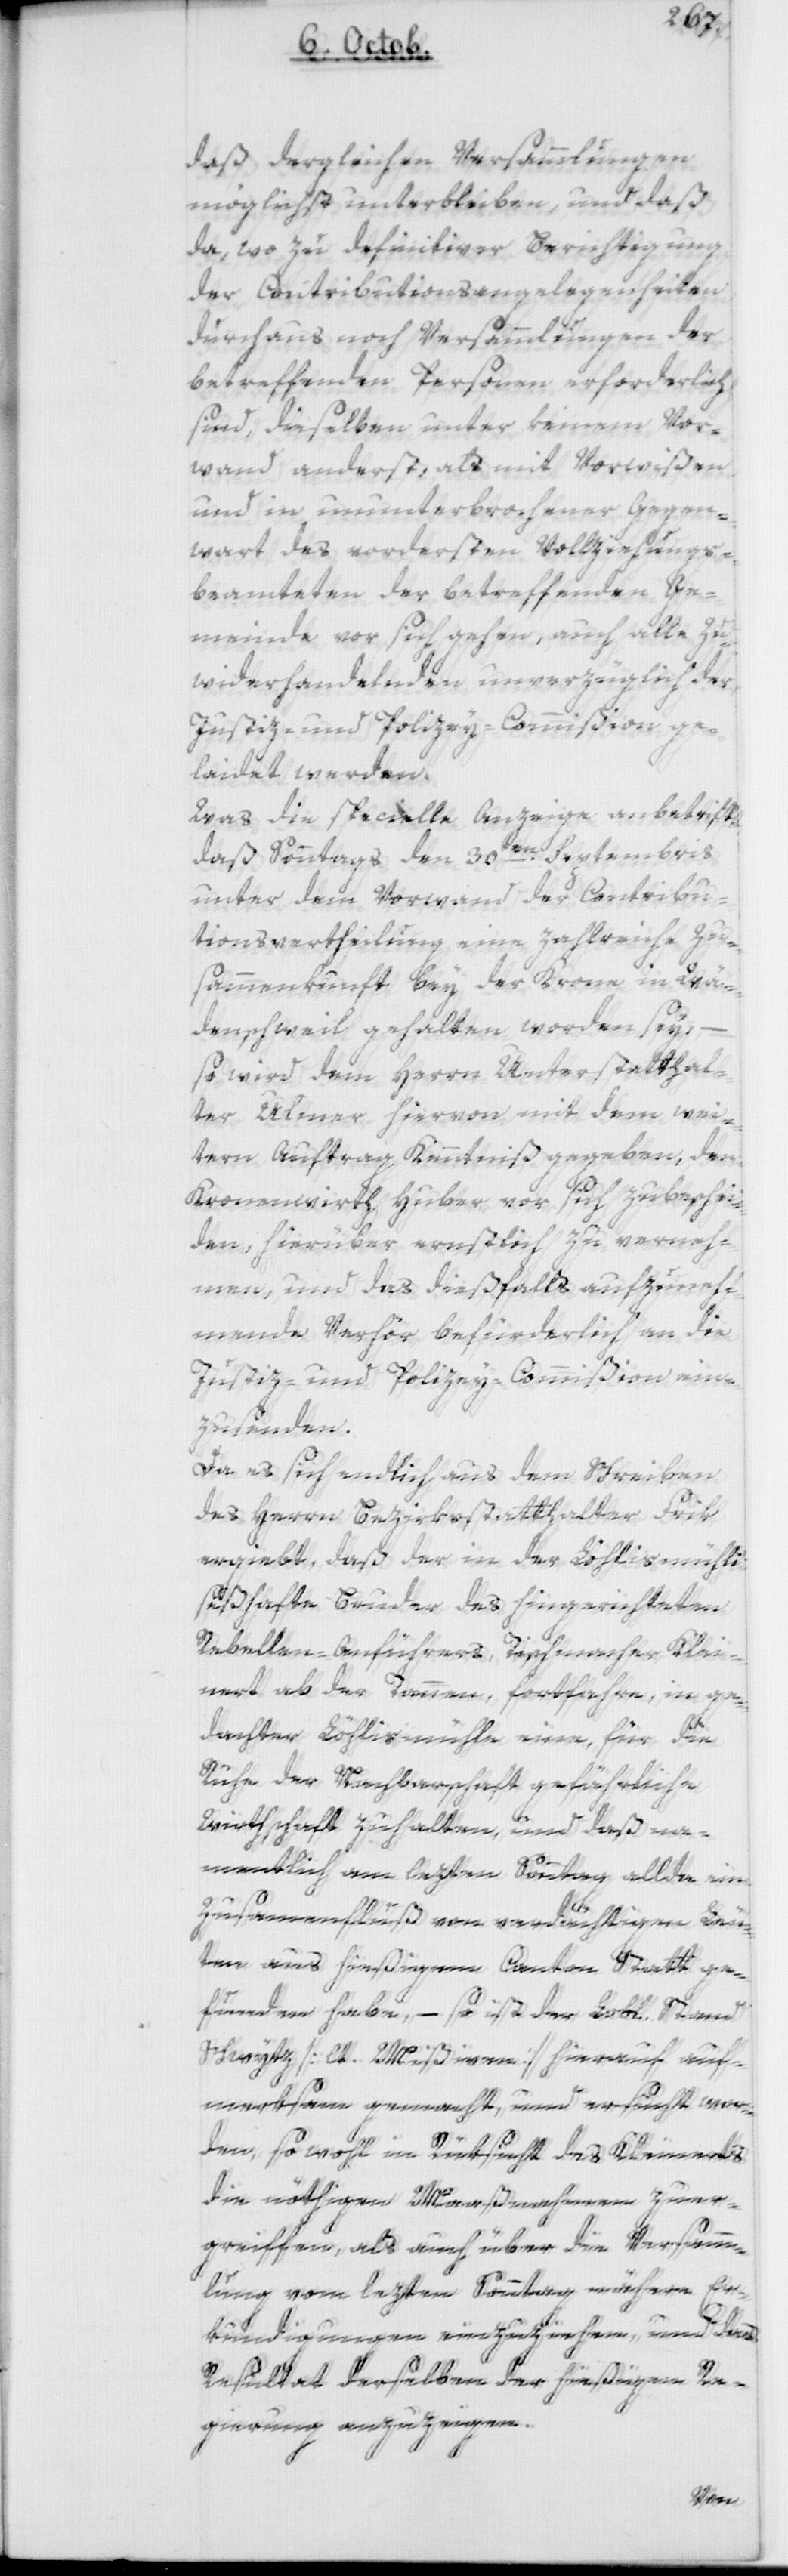
daß dergleichen Versammlungen
möglichst unterbleiben, und daß
da, wo zu definitiver Berichtigung
der Contributions-Angelegenheiten
durchaus noch Versammlungen der
betreffenden Personen erforderlich
sind, dieselben unter keinem Vor¬
wand anderst, als mit Vorwißen
und in ununterbrochener Gegen¬
wart des vordersten Vollziehungs¬
beamteten der betreffenden Ge¬
meinde vor sich gehen, auch alle Zu¬
widerhandelnden unverzüglich der
Justiz- und Policey-Commißion ge¬
laidet werden.
Was die specielle Anzeige anbetrifft,
daß Sonntags den 30ten Septembris
unter dem Vorwand den Contribu¬
tions-Vertheilung eine zahlreiche Zu¬
sammenkunft bey der Krone in Wä¬
denschweil gehalten worden sey,
so wird dem Herrn Unterstatthal¬
ter Ulmer hievon mit dem wei¬
tern Auftrag Kenntniß gegeben, den
Kronenwirth Huber vor sich zu beschei¬
den, hierüber ernstlich zu verneh¬
men, und das dießfalls aufzuneh¬
mende Verhör befürderlich an die
Justiz- und Policey-Commißion ein¬
zusenden.
Da es sich endlich aus dem Schreiben
des Herrn Bezirksstatthalter Frik
ergiebt, daß der in der Löhlismühle
seßhafte Bruder des hingerichteten
Rebellen-Anführers, Tischmacher Klei¬
nert ab der Tannen, fortfahre, in ge¬
dachter Löhlismühle eine, für die
Ruhe der Nachbarschaft gefährliche
Wirthschaft zu halten, und daß na¬
mentlich am lezten Sonntag allda ein
Zusammenfluß von verdächtigen Leu¬
ten aus hießigem Canton stattge¬
funden habe, – so ist der Lobl. Stand
Schwytz [lt. Mißiven] hierauf auf¬
merksam gemacht und ersucht wor¬
den, sowohl in Rüksicht des Kleinerts
die nöthigen Maßnahmen zu er¬
greifen, als auch über die Versamm¬
lung vom lezten Sonntag nähere Er¬
kundigungen einzuziehen, und das
Resultat derselben der hießigen Re¬
gierung anzuzeigen.